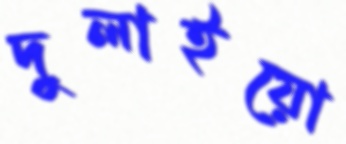
দুলাইয়ো